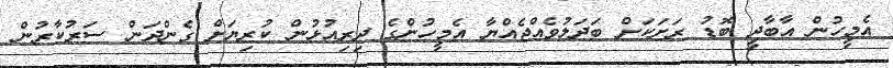
އެމީހުން އާބާދީ ބޮޑު ރަށަކަށް ބަދަލުވެއްޖެއްޔާ އެމީހުންގެ ދިރިއުޅުން ކުރިޔަށް ގެންދަން ސަރުކާރުން